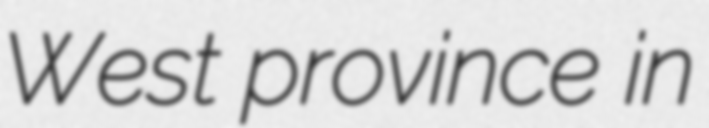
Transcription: West province in